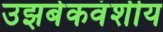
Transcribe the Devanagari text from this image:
उझबेकवंशीय